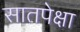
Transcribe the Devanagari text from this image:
सातपेक्षा